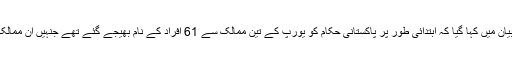
بعد ازاں اس معاملے پر اسلام آباد میں یورپی یونین کے دفتر سے جاری بیان میں کہا گیا کہ ابتدائی طور پر پاکستانی حکام کو یورپ کے تین ممالک سے 61 افراد کے نام بھیجے گئے تھے جنہیں ان ممالک میں موجود پاکستانی سفارتخانوں نے سفری دستاویزات جاری کی تھیں۔